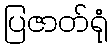
ပြဇာတ်ရုံ